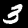
Digit: 3